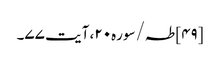
[۴۹] طہ/سوره۲۰، آیت ۷۷۔